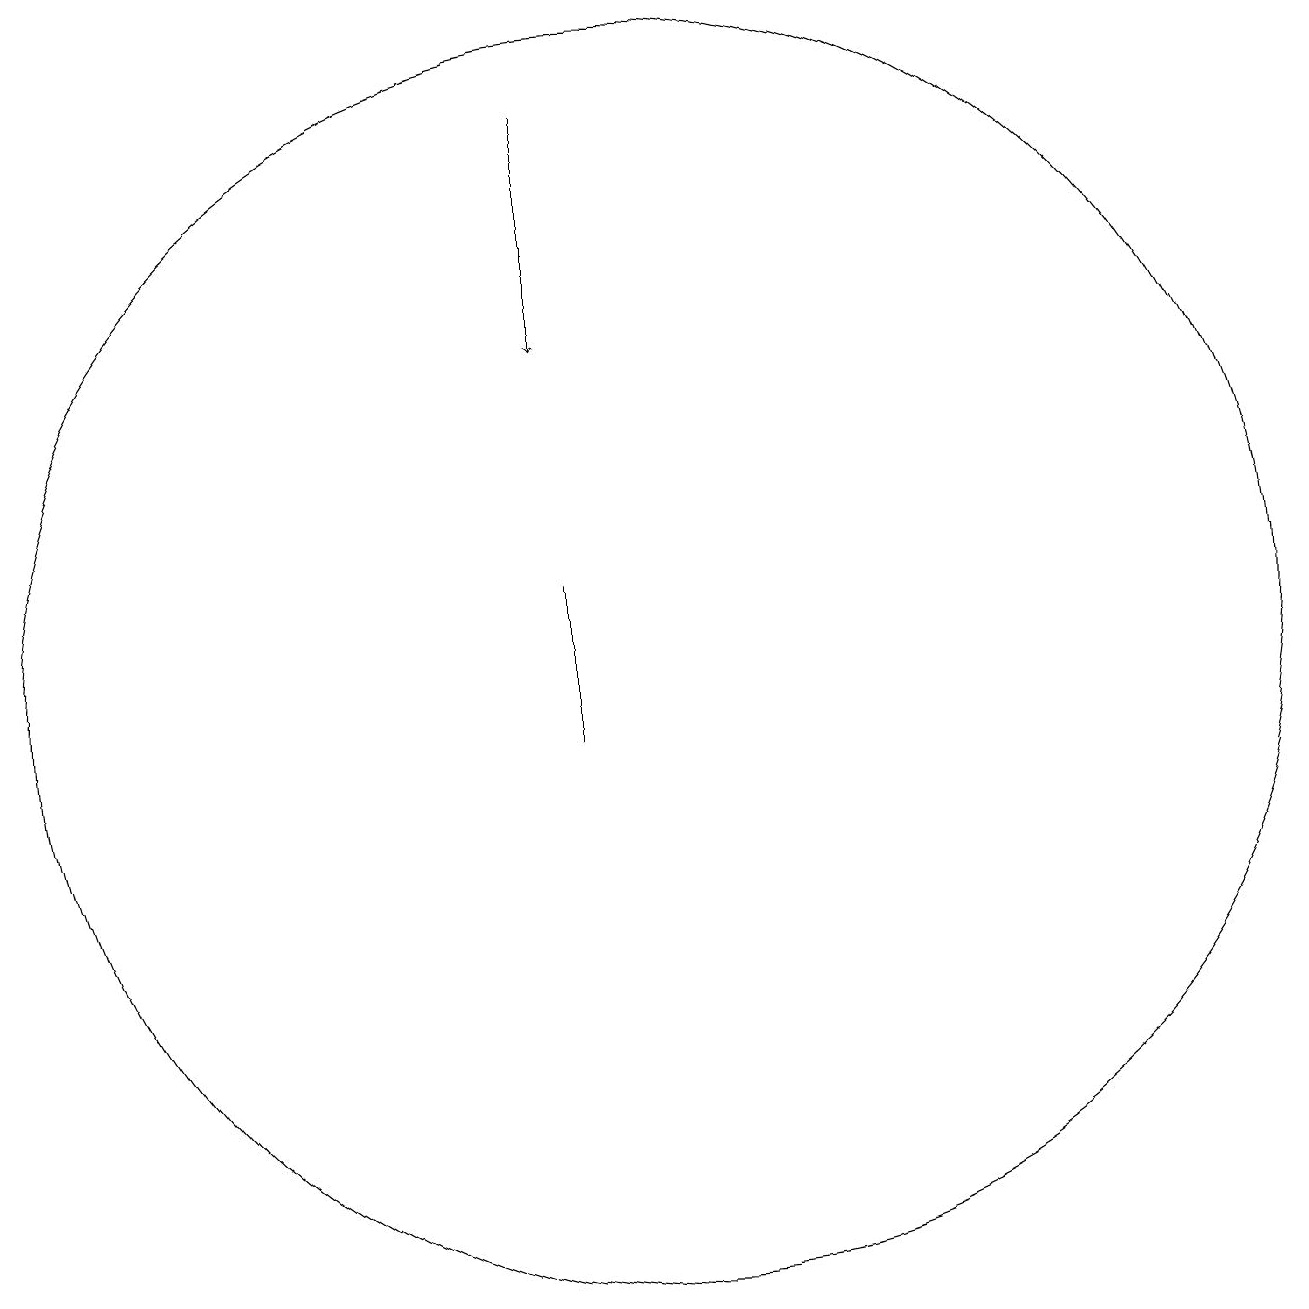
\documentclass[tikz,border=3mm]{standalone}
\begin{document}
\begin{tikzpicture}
\draw (9,11) rectangle (9,13);
\draw[->] (9,19) -- (9,16);
\draw (10,12) circle (8);
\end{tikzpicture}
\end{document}